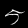
Digit: 5